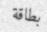
بطاقة